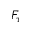
F _ { \tau }